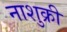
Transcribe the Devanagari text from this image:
नाशुक्री